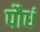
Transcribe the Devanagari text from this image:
पौधं